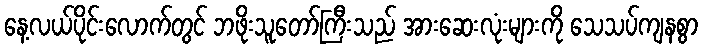
နေ့လယ်ပိုင်းလောက်တွင် ဘဖိုးသူတော်ကြီးသည် အားဆေးလုံးများကို သေသပ်ကျနစွာ